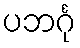
ပဘင်္ဂု